Annual report of the Imperial Bacteriological Laboratory, Muktesar
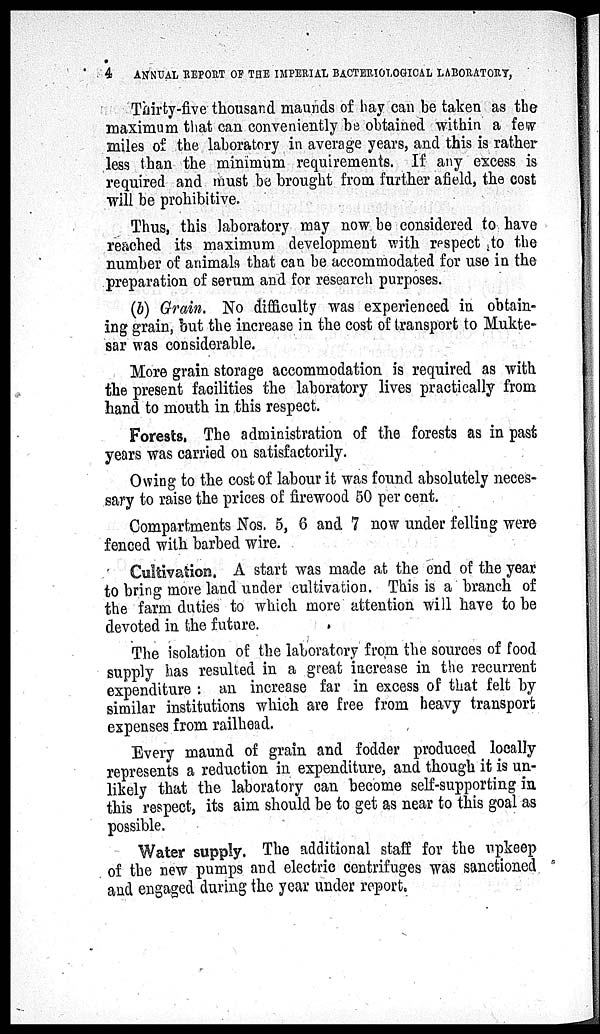
4
ANNUAL REPORT OF THE IMPERIAL BACTERIOLOGICAL LABORATORY,
Thirty-five thousand maunds of hay can be taken as the
maximum that can conveniently be obtained within a few
miles of the laboratory in average years, and this is rather
less than the minimum requirements. If any excess is
required and must be brought from further afield, the cost
will be prohibitive.
Thus, this laboratory may now be considered to have
reached its maximum development with respect to the
number of animals that can be accommodated for use in the
preparation of serum and for research purposes.
(b) Grain. No difficulty was experienced in obtain-
ing grain, but the increase in the cost of transport to Mukte¬
sar was considerable.
More grain storage accommodation is required as with
the present facilities the laboratory lives practically from
hand to mouth in this respect.
Forests. The administration of the forests as in past
years was carried on satisfactorily.
Owing to the cost of labour it was found absolutely neces-
sary to raise the prices of firewood 50 per cent.
Compartments Nos. 5, 6 and 7 now under felling were
fenced with barbed wire.
Cultivation. A start was made at the end of the year
to bring more land under cultivation. This is a branch of
the farm duties to which more attention will have to be
devoted in the future.
The isolation of the laboratory from the sources of food
supply has resulted in a great increase in the recurrent
expenditure : an increase far in excess of that felt by
similar institutions which are free from heavy transport
expenses from railhead.
Every maund of grain and fodder produced locally
represents a reduction in expenditure, and though it is un-
likely that the laboratory can become self-supporting in
this respect, its aim should be to get as near to this goal as
possible.
Water supply. The additional staff for the upkeep
of the new pumps and electric centrifuges was sanctioned
and engaged during the year under report.